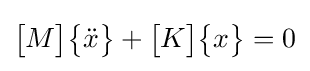
{\begin{bmatrix}M\end{bmatrix}}{\begin{Bmatrix}{\ddot {x}}\end{Bmatrix}}+{\begin{bmatrix}K\end{bmatrix}}{\begin{Bmatrix}x\end{Bmatrix}}=0